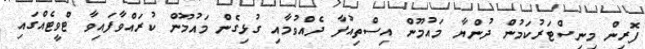
ފޮރިން މިނިސްޓަރުކަމުން ދުންޔާ މައުމޫން އިސްތިއުފާ ދެއްވުމާއި ގުޅިގެން މައުމޫން ކުރައްވާފައިވާ ޓްވީޓެއްގައި